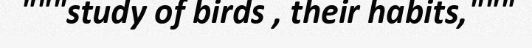
"""study of birds , their habits,"""